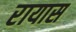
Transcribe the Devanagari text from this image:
रायास